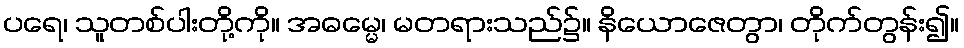
ပရေ၊ သူတစ်ပါးတို့ကို။ အဓမ္မေ၊ မတရားသည်၌။ နိယောဇေတွာ၊ တိုက်တွန်း၍။